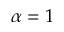
\alpha = 1